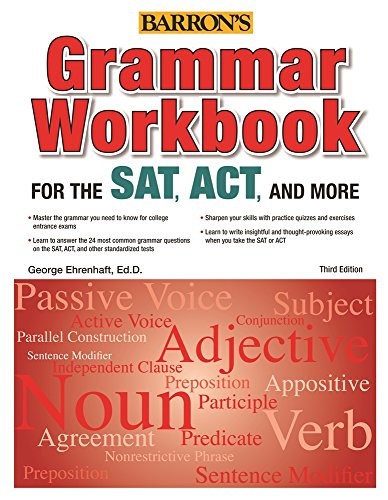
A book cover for Grammar Workbook for the SAT, ACT, and More, 3rd Edition; George Ehrenhaft  Ed. D; Test Preparation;